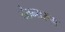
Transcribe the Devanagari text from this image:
चैतन्यरूप